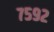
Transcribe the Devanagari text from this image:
७५९२